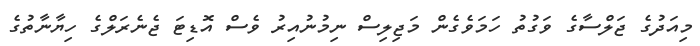
މިއަދުގެ ޖަލްސާގެ ވަގުތު ހަމަވެގެން މަޖިލިސް ނިމުނުއިރު ވެސް އޮޑިޓަ ޖެނެރަލްގެ ހިޔާނާތުގެ